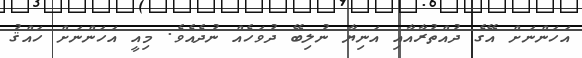
އަހަންނަށް އޭގެ ދުއްތުރާއާއި އަނިޔާ ނުލިބޭ ދުވަހެއް ނުދެއެވެ. މިއީ އަހަންނަށް ހައްޤު